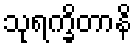
သုရက္ခိတာနိ